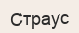
Страус